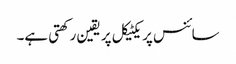
سائنس پریکٹیکل پر یقین رکھتی ہے۔